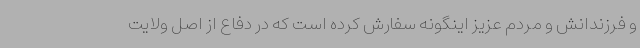
و فرزندانش و مردم عزیز اینگونه سفارش کرده است که در دفاع از اصل ولایت